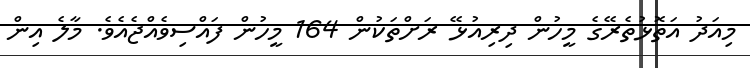
މިއަދު އަތޮޅުތެރޭގެ މީހުން ދިރިއުޅޭ ރަށްތަކުން 164 މީހުން ފައްސިވެއްޖެއެވެ. މާލެ އިން